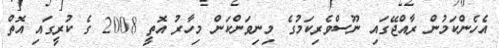
އެހެންކަމުން ރާއްޖޭގައި ނޫސްވެރިކަމުގެ މިނިވަންކަން މިހާރު އޮތީ 2008 ގެ ކުރީގައި އޮތް